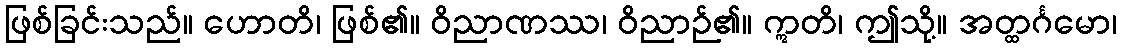
ဖြစ်ခြင်းသည်။ ဟောတိ၊ ဖြစ်၏။ ဝိညာဏဿ၊ ဝိညာဉ်၏။ ဣတိ၊ ဤသို့။ အတ္ထင်္ဂမော၊